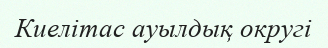
Киелітас ауылдық округі